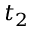
t _ { 2 }